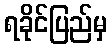
ရခိုင်ပြည်မှ